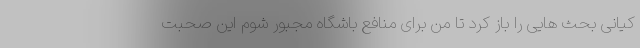
کیانی بحث هایی را باز کرد تا من برای منافع باشگاه مجبور شوم این صحبت